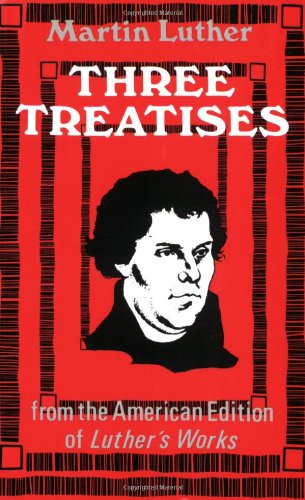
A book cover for Three Treatises; Martin Luther; Christian Books & Bibles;